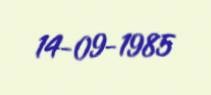
14-09-1985